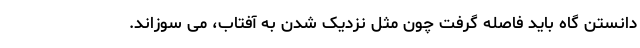
دانستن گاه باید فاصله گرفت چون مثل نزدیک شدن به آفتاب، می سوزاند.